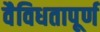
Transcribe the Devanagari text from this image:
वैविधतापूर्ण